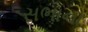
સભાના